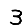
Digit: 3